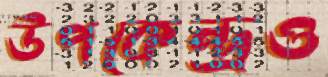
উপকেন্দ্রও